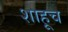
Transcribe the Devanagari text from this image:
शाहूच